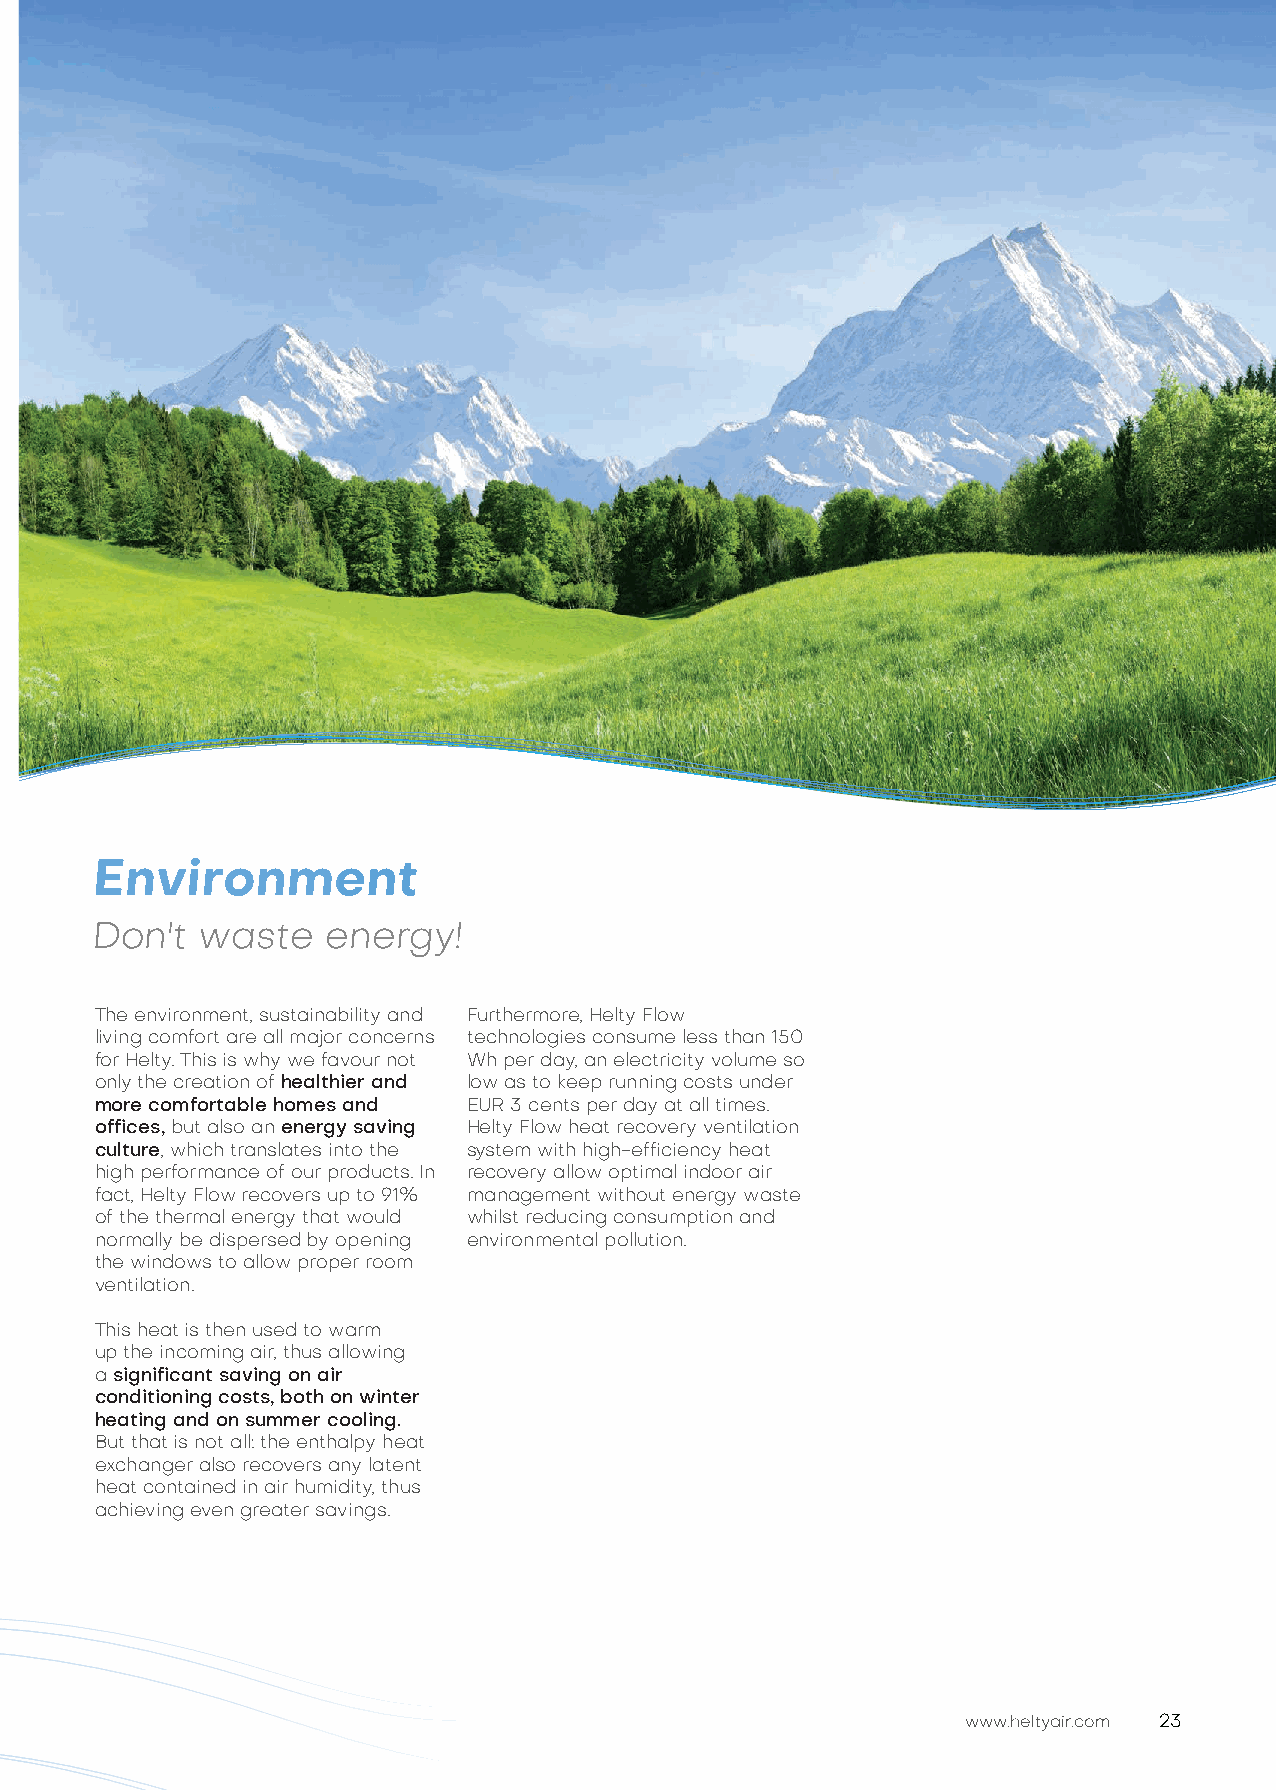
Environment
 Don't  waste    energy!
 The environment, sustainability and Furthermore, Helty Flow
 living comfort are all major concerns technologies consume less than 150
 for Helty. This is why we favour not Wh per day, an electricity volume so
 only the creation of healthier and low as to keep running costs under
 more comfortable homes and EUR 3 cents per day at all times.
 offices, but also an energy saving Helty Flow heat recovery ventilation
 culture, which translates into the system with high-efficiency heat
 high performance of our products. In recovery allow optimal indoor air
 fact, Helty Flow recovers up to 91% management without energy waste
 of the thermal energy that would whilst reducing consumption and
 normally be dispersed by opening environmental pollution.
 the windows to allow proper room
 ventilation.
 This heat is then used to warm
 up the incoming air, thus allowing
 a significant saving on air
 conditioning costs, both on winter
 heating and on summer cooling.
 But that is not all: the enthalpy heat
 exchanger also recovers any latent
 heat contained in air humidity, thus
 achieving even greater savings.
 www.heltyair.com 23